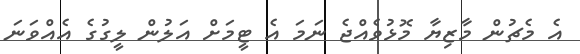
އެ މެޗުން މާޒިޔާ މޮޅުވެއްޖެ ނަމަ އެ ޓީމަށް އަލުން ލީގުގެ އެއްވަނަ